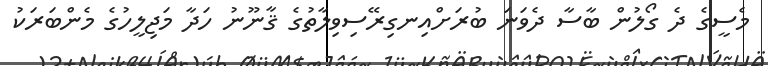
މެސީގެ ދެ ގޯލުން ބާސާ ދެވަނަ ބުރަށްއިނގިރޭސިވިލާތުގެ ޤާނޫނު ހަދާ މަޖިލީހުގެ މެންބަރަކު